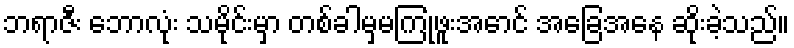
ဘရာဇီး ဘောလုံး သမိုင်းမှာ တစ်ခါမှမကြုံဖူးအောင် အခြေအနေ ဆိုးခဲ့သည်။